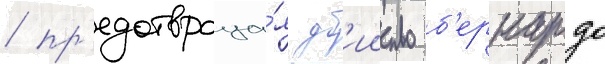
/ пр'едотвраща́я уб'ииство б'ернардо